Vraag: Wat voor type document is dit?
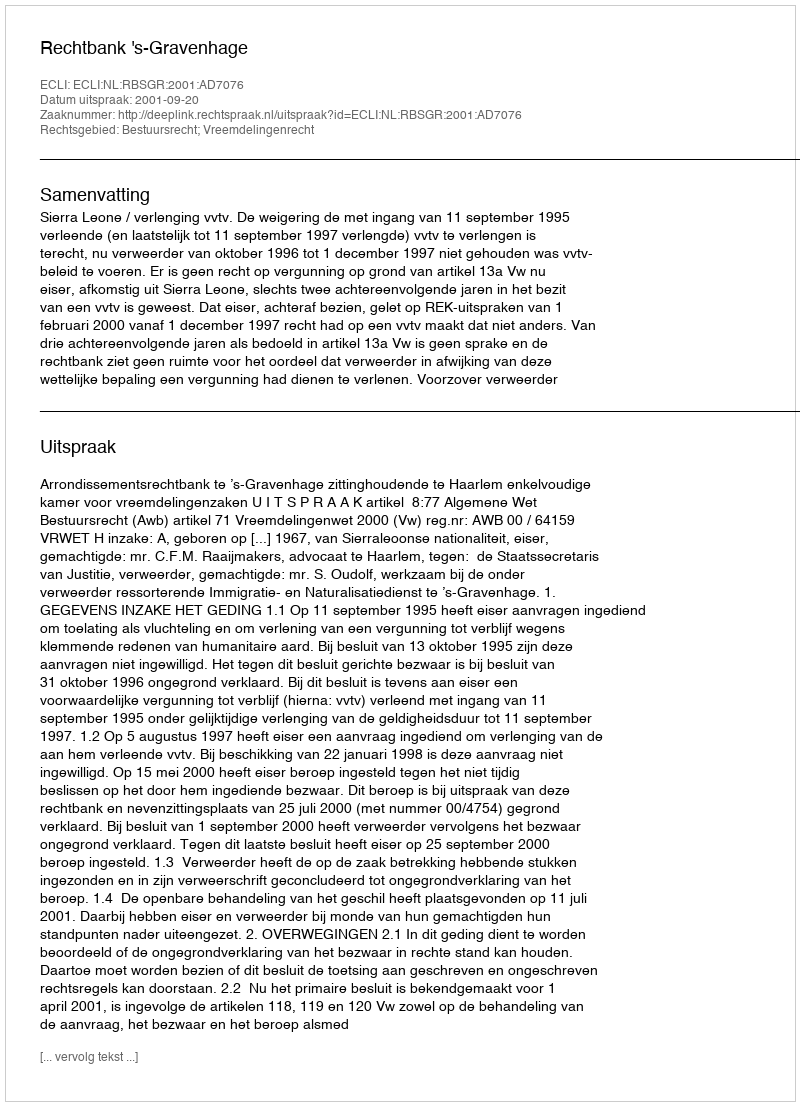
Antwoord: Uitspraak